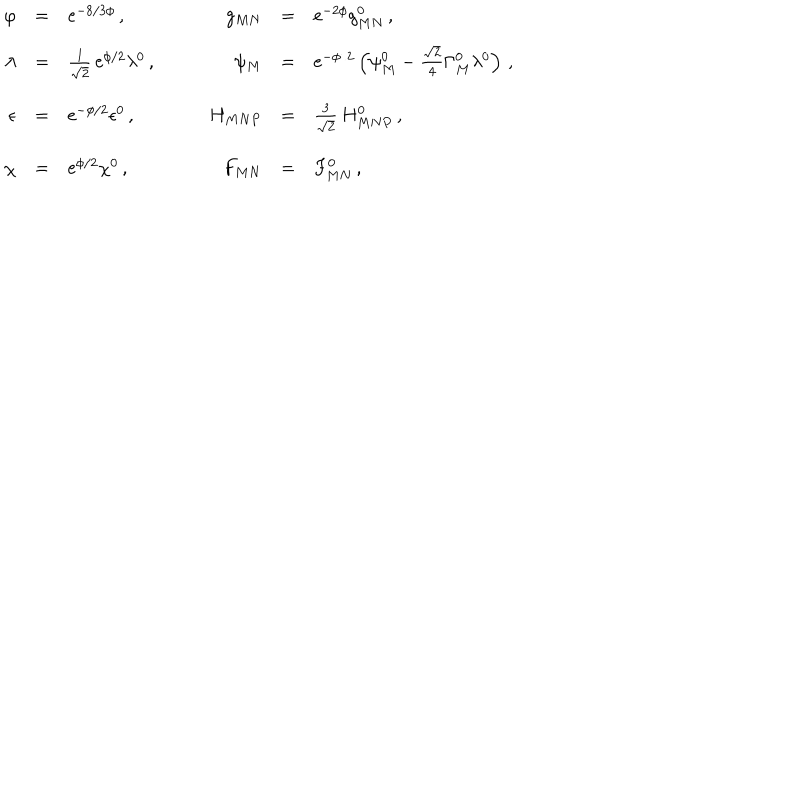
\begin{array} { r c l c r c l } { { \varphi } } & { { = } } & { { \mathrm { e } ^ { - 8 / 3 \phi } \, , } } & { { \quad } } & { { g _ { M N } } } & { { = } } & { { \mathrm { e } ^ { - 2 \phi } g _ { M N } ^ { 0 } \, , } } \\ { { \lambda } } & { { = } } & { { \frac { 1 } { \sqrt 2 } \, \mathrm { e } ^ { \phi / 2 } \lambda ^ { 0 } \, , } } & { { \quad } } & { { \psi _ { M } } } & { { = } } & { { \mathrm { e } ^ { - \phi / 2 } \left( \psi _ { M } ^ { 0 } - \frac { \sqrt { 2 } } { 4 } \Gamma _ { M } ^ { 0 } \lambda ^ { 0 } \right) \, , } } \\ { { \epsilon } } & { { = } } & { { \mathrm { e } ^ { - \phi / 2 } \epsilon ^ { 0 } \, , } } & { { \quad } } & { { H _ { M N P } } } & { { = } } & { { \frac { 3 } { \sqrt 2 } \, H _ { M N P } ^ { 0 } \, , } } \\ { { \chi } } & { { = } } & { { \mathrm { e } ^ { \phi / 2 } \chi ^ { 0 } \, , } } & { { \quad } } & { { F _ { M N } } } & { { = } } & { { F _ { M N } ^ { 0 } \, , } } \\ \end{array}